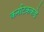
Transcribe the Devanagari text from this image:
कर्नाटककडे